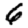
Digit: 6